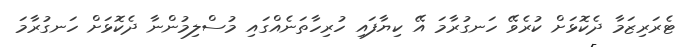
ޓެރަރިޒަމާ ދެކޮޅަށް ކުރެވޭ ހަނގުރާމަ އޭ ކިޔާފައި ހުރިހާތަނެއްގައި މުސްލިމުންނާ ދެކޮޅަށް ހަނގުރާމަ